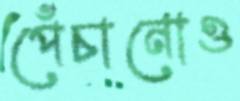
পেঁচানোও